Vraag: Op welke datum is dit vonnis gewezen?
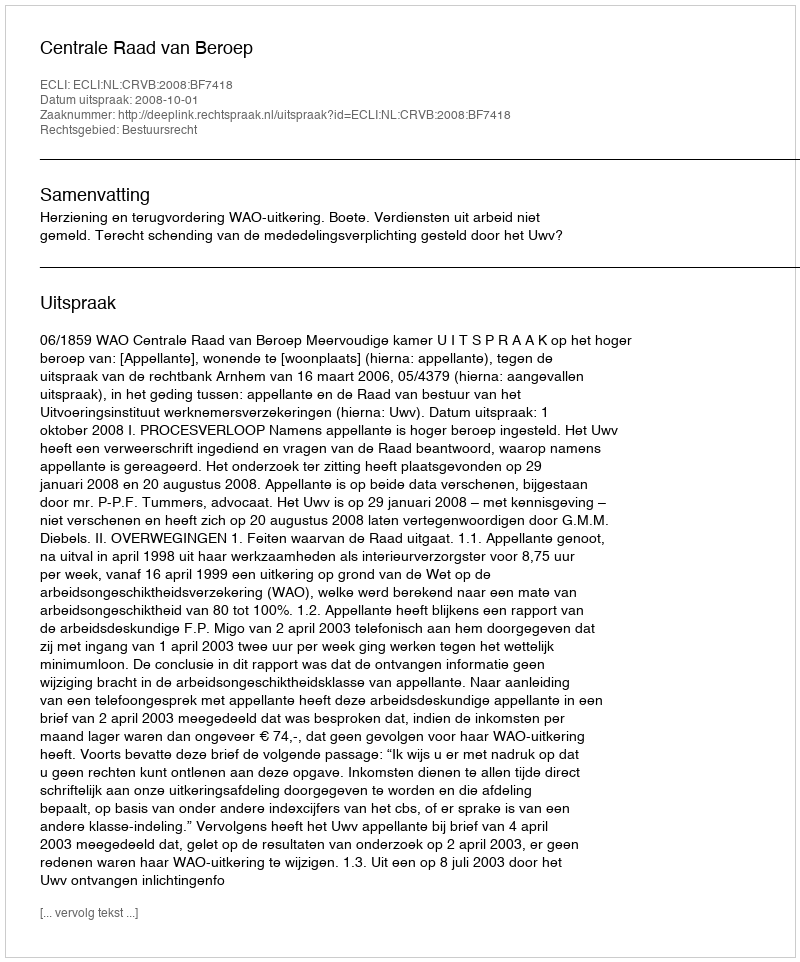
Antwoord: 2008-10-01